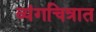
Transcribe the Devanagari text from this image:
व्यंगचित्रात